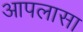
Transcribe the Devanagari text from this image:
आपलासा